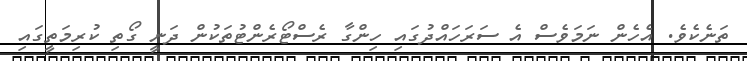
ތަނެކެވެ. އެހެން ނަމަވެސް އެ ސަރަހައްދުގައި ހިންގާ ރެސްޓޯރެންޓުތަކުން ދަނީ ގޯތި ކުރިމަތީގައި